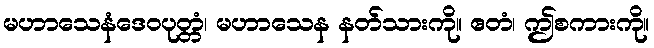
မဟာသေနံဒေဝပုတ္တံ၊ မဟာသေန နတ်သားကို။ ဧတံ၊ ဤစကားကို။